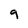
Character: 9